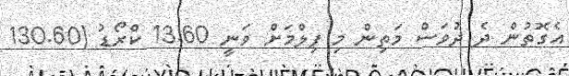
އެގޮތުން ދެ ދުވަސް މަތިން މި ފިލްމަށް ވަނީ 13.60 ކްރޯޑު (130.60